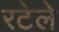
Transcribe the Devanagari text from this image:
रटेले